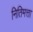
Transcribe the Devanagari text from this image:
नितिमत्ता